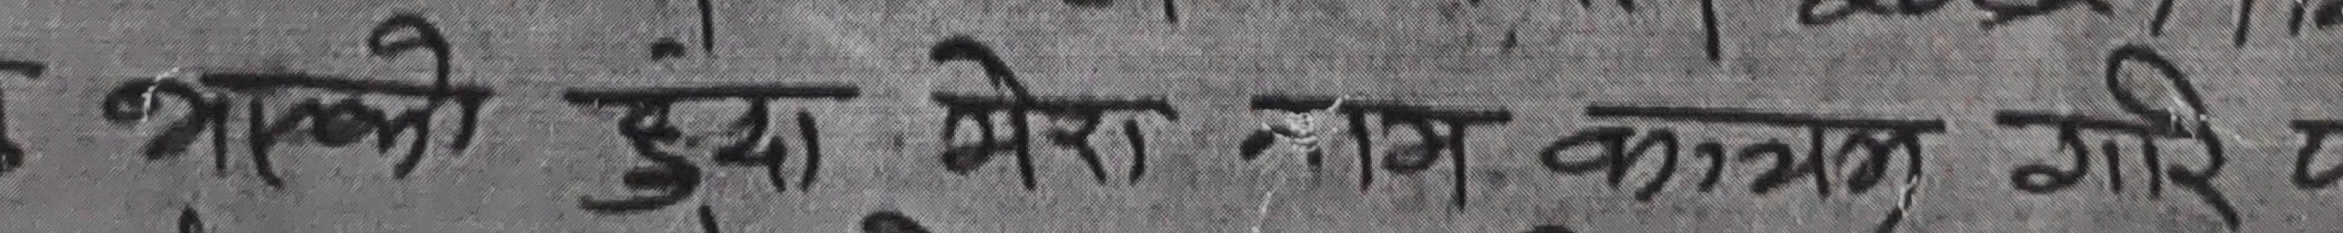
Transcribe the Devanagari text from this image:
इसको हुए मेरा नाम काजल गरे छ